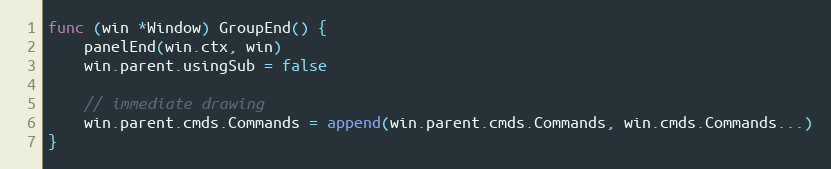
Language: Go
func (win *Window) GroupEnd() {
	panelEnd(win.ctx, win)
	win.parent.usingSub = false

	// immediate drawing
	win.parent.cmds.Commands = append(win.parent.cmds.Commands, win.cmds.Commands...)
}